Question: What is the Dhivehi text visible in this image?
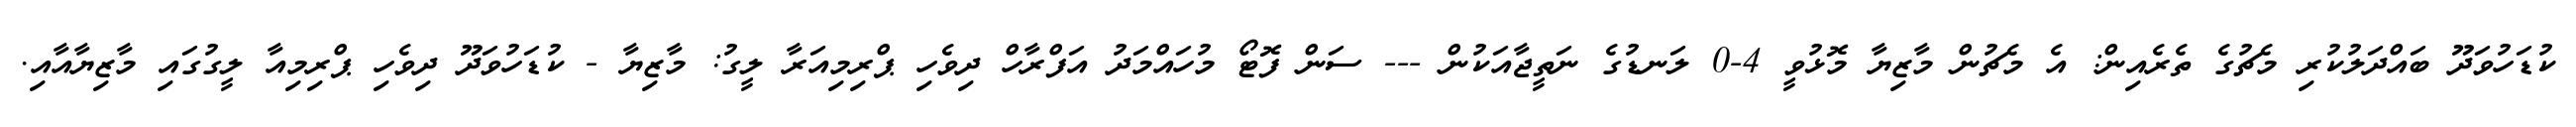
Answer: ކުޑަހުވަދޫ ބައްދަލުކުރި މެޗުގެ ތެރެއިން: އެ މެޗުން މާޒިޔާ މޮޅުވީ 4-0 ލަނޑުގެ ނަތީޖާއަކުން --- ސަން ފޮޓޯ މުހައްމަދު އަފްރާހް ދިވެހި ޕްރިމިއަރާ ލީގު: މާޒިޔާ - ކުޑަހުވަދޫ ދިވެހި ޕްރިމިއާ ލީގުގައި މާޒިޔާއާއި.